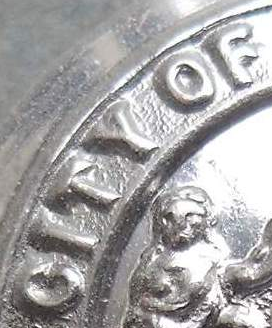
CITY OF